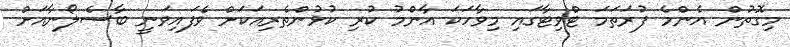
މިގޮތުން އެންމެ ފުރަތަމަ ޓްވިޓާގައި މިވާހަކަ އާންމު ކުރި ކުޅުންތެރިއަކަށް ވެފައިވަނީ ބާސެލޯނާއަށް